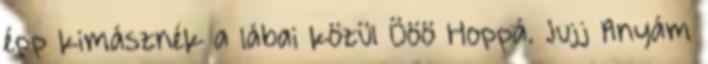
épp kimásznék a lábai közül Ööö Hoppá. Jujj Anyám